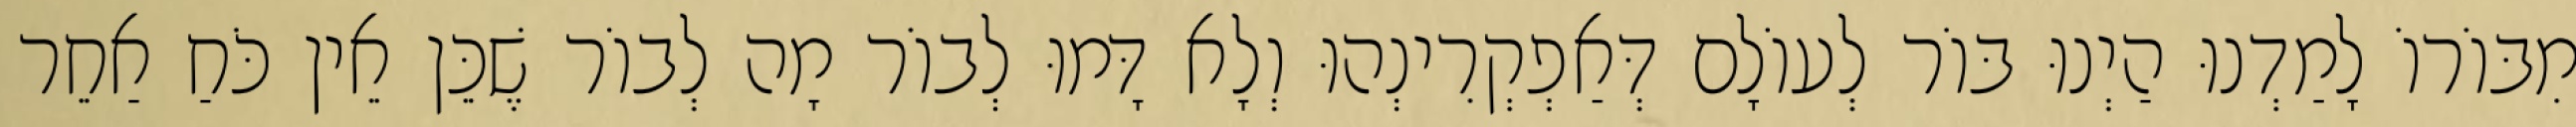
מִבּוֹרוֹ לָמַדְנוּ הַיְנוּ בּוֹר לְעוֹלָם דְּאַפְקְרִינְהוּ וְלָא דָּמוּ לְבוֹר מָה לְבוֹר שֶׁכֵּן אֵין כֹּחַ אַחֵר